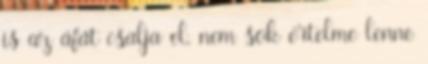
is az áfát csalja el, nem sok értelme lenne